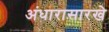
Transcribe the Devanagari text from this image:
अंधारासारखे